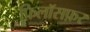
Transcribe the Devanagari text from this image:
फ़िलॉसफ़र